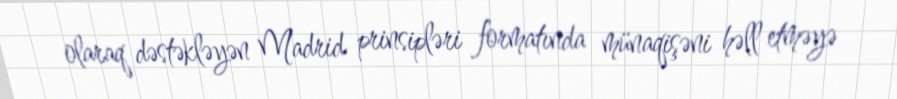
olaraq dəstəkləyən Madrid prinsipləri formatında münaqişəni həll etməyə